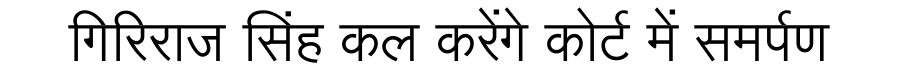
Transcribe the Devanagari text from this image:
गिरिराज सिंह कल करेंगे कोर्ट में समर्पण